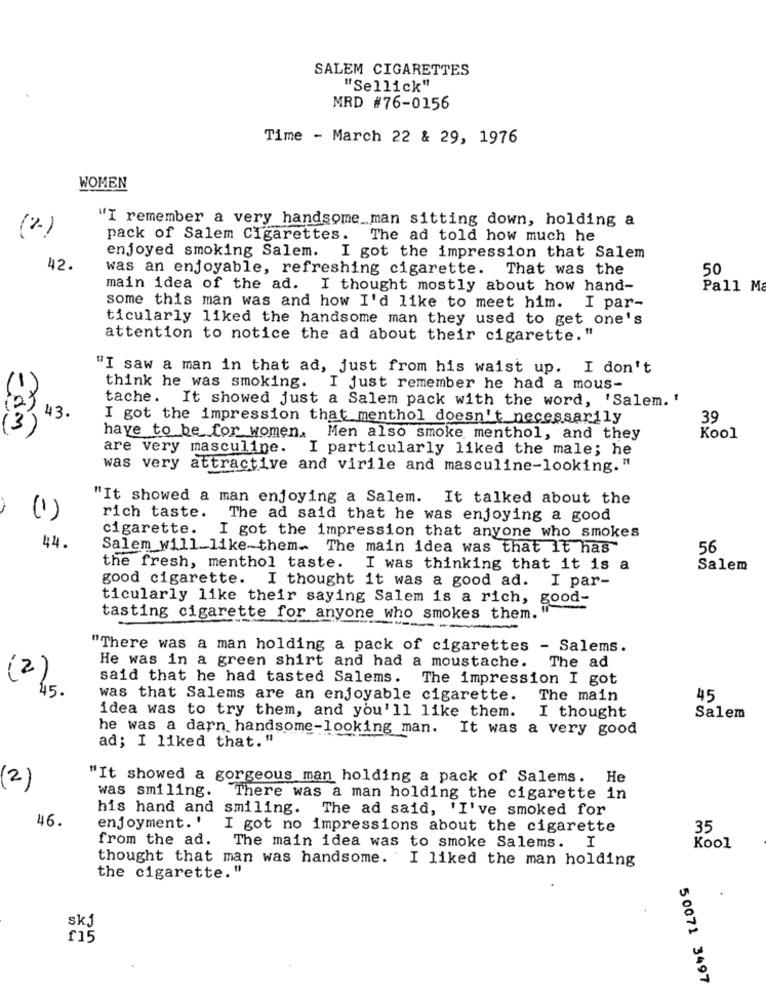
SALEM CIGARETTES
"Sellick"
MRD #76-0156
Time - March 22 & 29, 1976
WOMEN
"I remember a very handsome man sitting down, holding a
(%)
pack of Salem Cigarettes. The ad told how much he
enjoyed smoking Salem. I got the impression that Salem
42.
was an enjoyable, refreshing cigarette. That was the
50
main idea of the ad. I thought mostly about how hand-
Pall Ma
some this man was and how I'd like to meet him. I par-
ticularly liked the handsome man they used to get one's
attention to notice the ad about their cigarette."
"I saw a man in that ad, just from his waist up. I don't
think he was smoking. I just remember he had a mous-
tache. It showed just a Salem pack with the word, 'Salem. '
(2)
43.
I got the impression that menthol doesn't necessarily
39
(3)
have to be for women, Men also smoke menthol, and they
Kool
are very masculine. I particularly liked the male; he
was very attractive and virile and masculine-looking."
"It showed a man enjoying a Salem. It talked about the
(1)
rich taste. The ad said that he was enjoying a good
cigarette. I got the impression that anyone who smokes
44.
Salem will_like-them. The main idea was that it has"
56
the fresh, menthol taste. I was thinking that it is a
Salem
good cigarette. I thought it was a good ad. I par-
ticularly like their saying Salem is a rich, good-
tasting cigarette for anyone who smokes them.
"There was a man holding a pack of cigarettes - Salems.
The ad
He was in a green shirt and had a moustache.
said that he had tasted Salems. The impression I got
(2)
45.
was that Salems are an enjoyable cigarette.
The main
45
idea was to try them, and you'll like them.
I thought
Salem
he was a darn handsome-looking man.
It was a very good
ad; I liked that."
"It showed a gorgeous man holding a pack of Salems. He
(2)
was smiling. There was a man holding the cigarette in
his hand and smiling. The ad said, 'I've smoked for
46.
enjoyment.' I got no impressions about the cigarette
35
from the ad.
The main idea was to smoke Salems. I
Kool
thought that man was handsome. I liked the man holding
the cigarette."
skj
f15
50071 3497